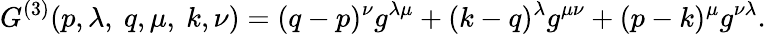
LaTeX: G^{(3)}(p,\lambda,~q,\mu,~k,\nu)=(q-p)^{\nu}g^{\lambda\mu}+(k-q)^{\lambda}g^{\mu\nu}+(p-k)^{\mu}g^{\nu\lambda}.